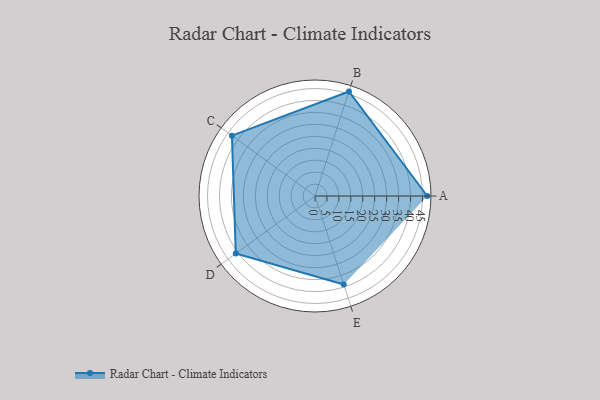
{"axis": {"x": "Skill", "y": "Score"}, "legend": ["Profile"], "data": [{"x": "A", "y": 47.0, "type": "Profile"}, {"x": "B", "y": 46.0, "type": "Profile"}, {"x": "C", "y": 43.0, "type": "Profile"}, {"x": "D", "y": 41.0, "type": "Profile"}, {"x": "E", "y": 39.0, "type": "Profile"}]}